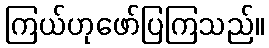
ကြယ်ဟုဖော်ပြကြသည်။